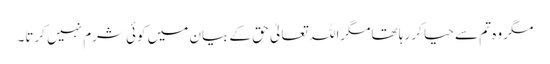
مگر وہ تم سے حیا کر رہا تھامگراللہ تعالیٰ حق کے بیان میں کوئی شرم نہیں کرتا۔